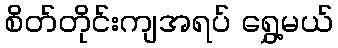
စိတ်တိုင်းကျအရပ် ရွှေ့မယ်